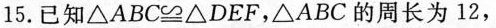
15.已知$$\triangle ABC\cong \triangle DEF$$，\triangle ABC的周长为12，